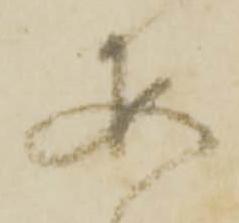
安